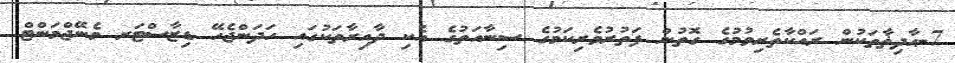
7-ޙާދިޡާތަކުން ރައްކާތެރިވުމުގެ ގޮތުން ފަތުރުވެރިކަމުގެ ސިނާއަތުގެ އެކި ދާއިރާތަކުގައި ހަދަންޖެހޭ ޑިޒާސްޓަރ މެނޭޖްމަންޓް